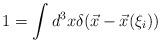
LaTeX: \begin{align*}1=\int d^3 x\delta(\vec x-\vec x(\xi_i))\end{align*}